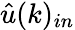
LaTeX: \hat{u}(k)_{in}